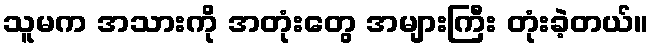
သူမက အသားကို အတုံးတွေ အများကြီး တုံးခဲ့တယ်။